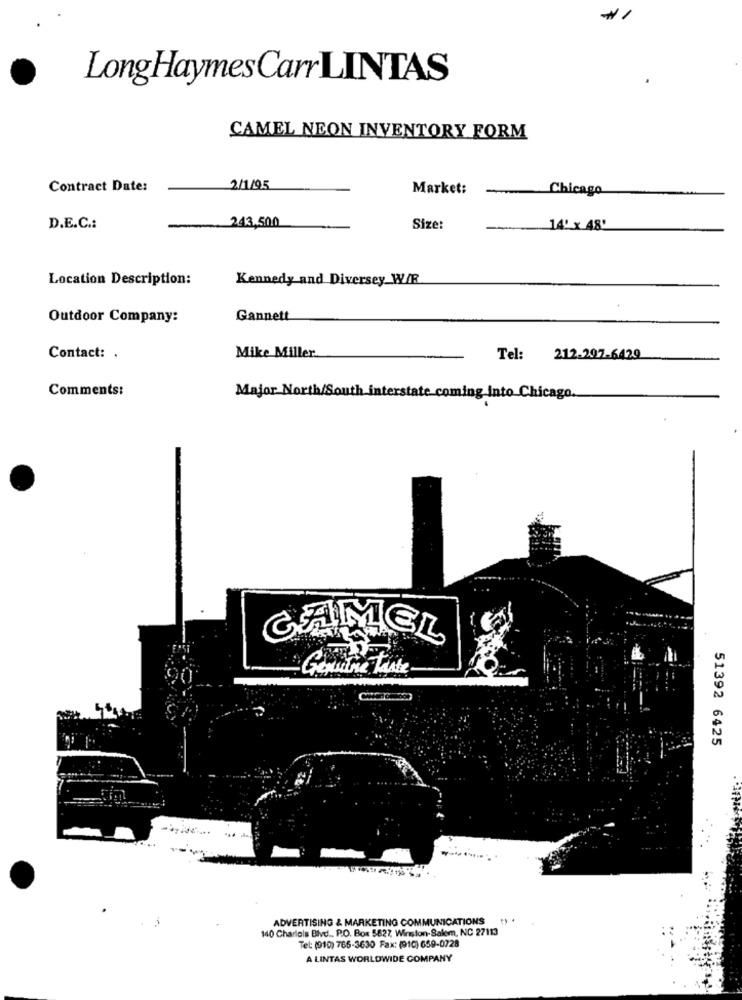
LongHaymesCarrLINTAS
CAMEL NEON INVENTORY FORM
Contract Date:
2/1/95
Market:
... Chicago
243,500
D.E.C .:
Size:
14 x 48'
Location Description:
Kennedy and Diversey W/E
Outdoor Company:
Gannett
Contact: .
Mike Miller
Tel:
212.207-6429
Comments:
Major North/South interstate coming into Chicago.
CAMEL
Genuine taste
51392 6425
ADVERTISING & MARKETING COMMUNICATIONS
140 Charlois Blvd ., P.O. Box 5827 Winston-Salem, NC 27113
Tel: (010) 765-3630 Fax: (910) 659-0728
A LINTAS WORLDWIDE COMPANY